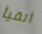
أتقيأ